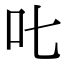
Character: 𠮟